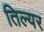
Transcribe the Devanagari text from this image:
तिल्यर